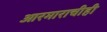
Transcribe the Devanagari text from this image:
आरमाराचीही